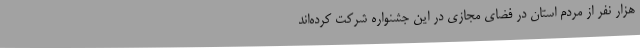
هزار نفر از مردم استان در فضای مجازی در این جشنواره شرکت کرده‌اند